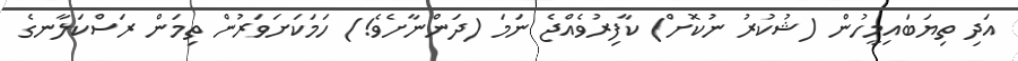
އަދި ތިޔަބައިމީހުން (ޝުކުރު ނުކޮށް) ކާފިރުވެއްޖެ ނަމަ (ދަންނާށެވެ!) ހަމަކަށަވަރުން ތިމަން ރަސްކަލާނގެ